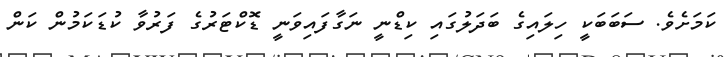
ކަމަށެވެ. ސަބަބަކީ ހިލައިގެ ބަދަލުގައި ކިޑްނީ ނަގާފައިވަނީ ޑޮކްޓަރުގެ ފަރުވާ ކުޑަކަމުން ކަން